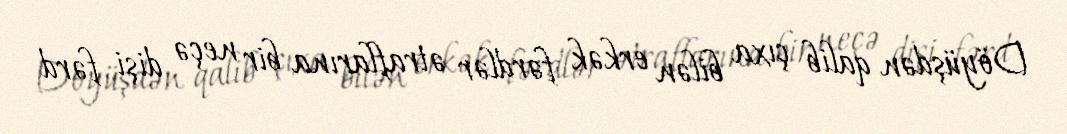
Döyüşdən qalib çıxa bilən erkək fərdlər ətraflarına bir neçə dişi fərd